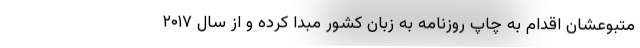
متبوعشان اقدام به چاپ روزنامه به زبان کشور مبدا کرده و از سال ۲۰۱۷